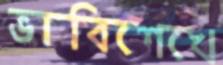
ভাবিশেখে